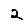
Digit: 2